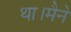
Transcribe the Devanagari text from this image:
था।मैने